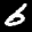
Label: 6